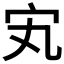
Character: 𡧄